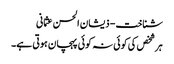
شناخت - ذیشان الحسن عثمانی
ہر شخص کی کوئی نہ کوئی پہچان ہوتی ہے۔